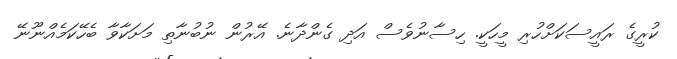
ކުރީގެ ރައީސަކަށްހުރި މީހަކީ. ހިސާނުވެސް އަދި ގެންދާނެ. އޭރުން ނުބުނާތި މަށަކާވާ ބެހޭކަމެއްނޫނޭ